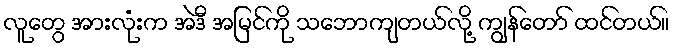
လူတွေ အားလုံးက အဲဒီ အမြင်ကို သဘောကျတယ်လို့ ကျွန်တော် ထင်တယ်။